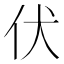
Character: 伏